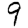
Digit: 9